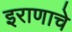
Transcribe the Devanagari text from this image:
इराणाचे